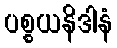
ပစ္စယနိဒါနံ